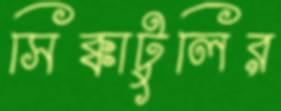
সিক্কাটুলির